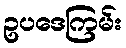
ဥပဒေကြမ်း